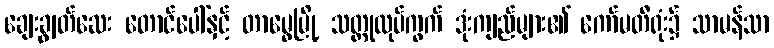
ချေးချွတ်ဆေး တောင်ပေါ်နှင့် တာမွေမြို့ သတ္တုလုပ်ကွက် ဒုံးကျည်များ၏ ကော်မတီရုံး၌ သာမန်သာ